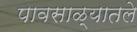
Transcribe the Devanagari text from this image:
पावसाळ्यातले